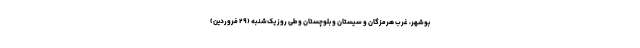
بوشهر، غرب هرمزگان و سیستان و بلوچستان و طی روز یک‌شنبه (۲۹ فروردین)